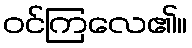
ဝင်ကြလေ၏။